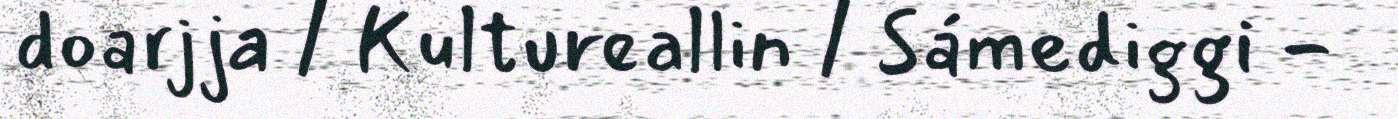
doarjja / Kultureallin / Sámediggi -